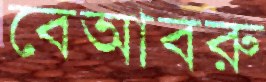
বেআবরু